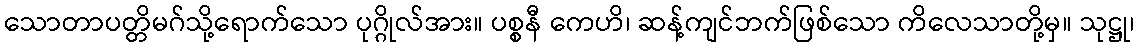
သောတာပတ္တိမဂ်သို့ရောက်သော ပုဂ္ဂိုလ်အား။ ပစ္စနီ ကေဟိ၊ ဆန့်ကျင်ဘက်ဖြစ်သော ကိလေသာတို့မှ။ သုဋ္ဌု၊